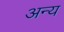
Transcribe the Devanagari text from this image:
अन्य